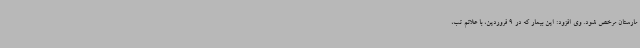
مارستان مرخص شود. وی افزود: این بیمار که در 9 فروردین، با علائم تب،